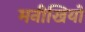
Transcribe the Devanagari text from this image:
मनीखियों